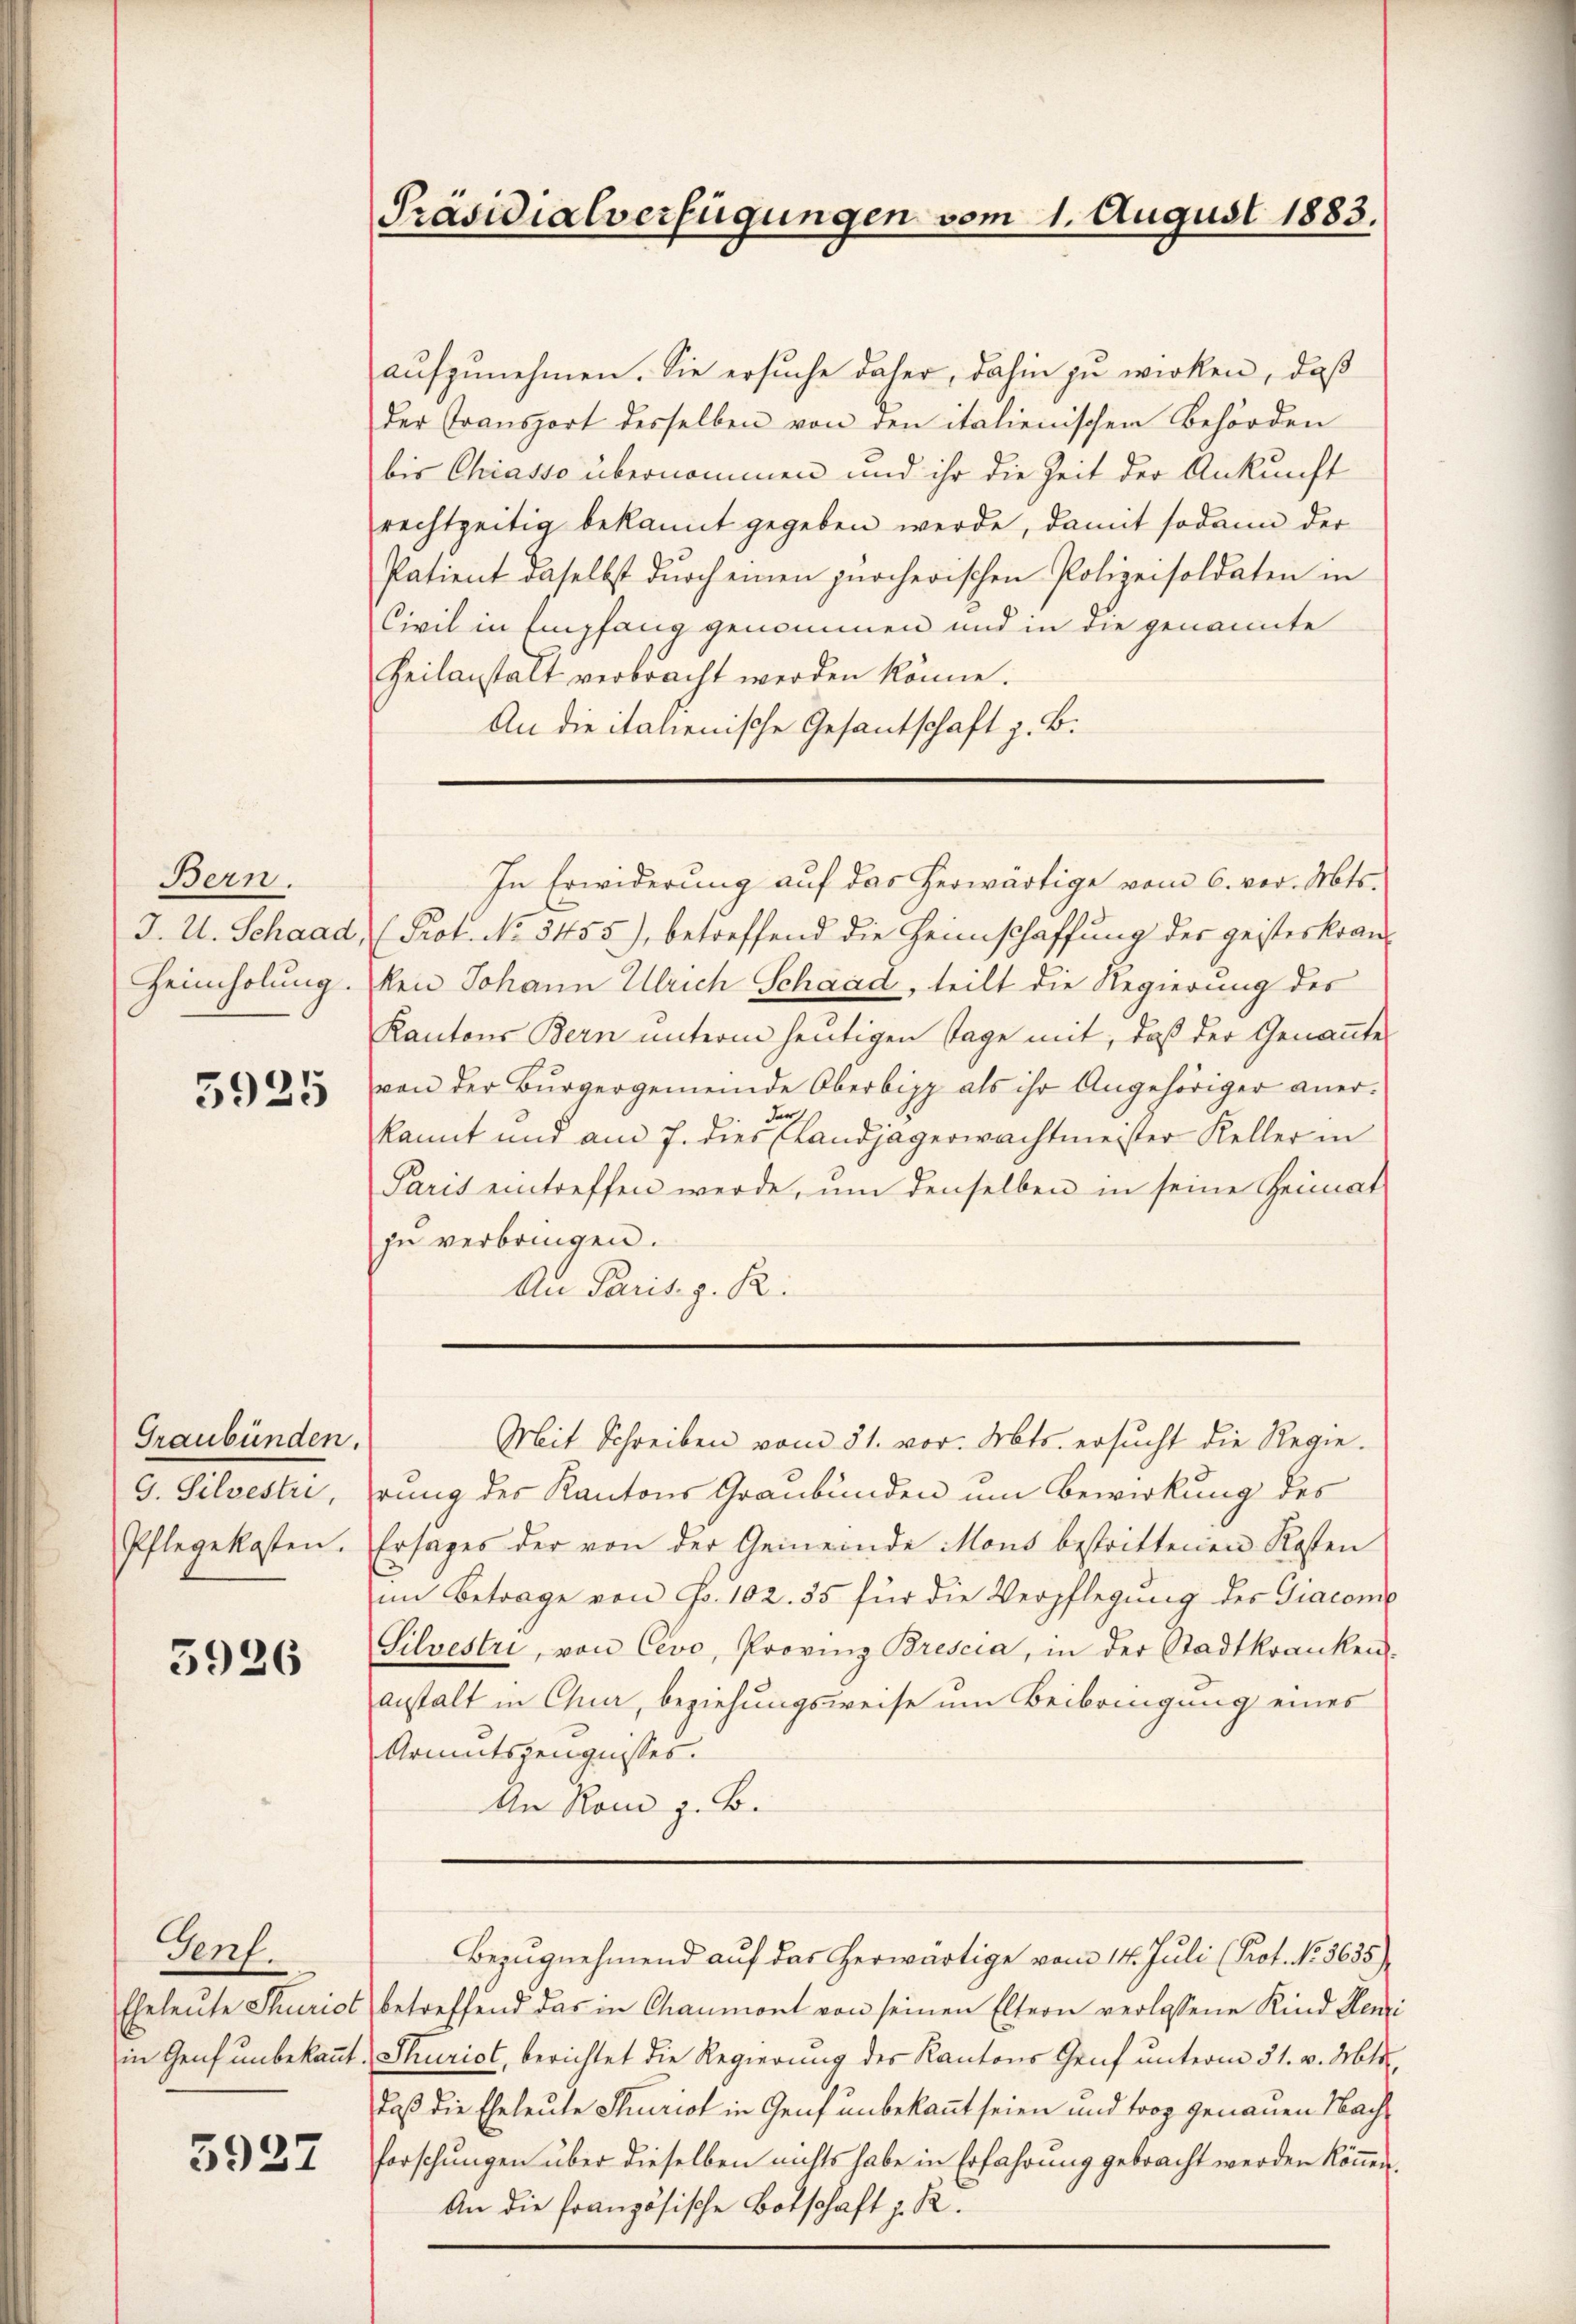
Bern.
J. U. Schaad,
Heimholung.

5925

Graubünden.
G. Silvestri
Pflegekosten.

5926

Genf.

3927

Präsidialverfügungen vom 1. August 1883.

aufzunehmen. Sie ersuche daher, dahin zu wirken, daß
der Transport desselben von den italienischen Behörden
bis Chiasso übernommen und ihr die Zeit der Ankunft
rechtzeitig bekannt gegeben werde, damit sodann der
Patient daselbst durch einen zürcherischen Polizeisoldaten in
Civil in Empfang genommen und in die genannte
Heilanstalt verbracht werden könne.
An die italienische Gesantschaft z. B.

In Erwiderung auf das herwärtige vom 6. vor. Mts.
(Prot. No 3455), betreffend die Heimschaffung des geisterkran-
ken Johann Ulrich Schaad, teilt die Regierung des
Kantons Bern unterm heutigen Tage mit, daß der Genanntes
von der Bürgergemeinde Oberbipp als ihr Angehöriger aner-
kannt und am 7. dies Landjägerwachtmeister Keller in
Paris eintreffen werde, um denselben in seine Heimat
zu verbringen.
Au Paris. g. R.

rung des Kantons Graubünden um Bewirkung des
Ersages der von der Gemeinde Mons bestrittenen Kosten
im Betrage von Fr. 102. 55 für die Verpflegung der Giacone
Silvestri, von Cevo, Provinz Brescia, in der Stadtkranken-
anstalt in Chur, beziehungsweise um Beibringung eines
Armutszeugnisses.
An Rom z. B.
Bezugnehmend auf das herwärtige vom 14. Juli (Prot. No. 3635)
Eheleute Sturist betreffend das in Chaumont von seinen Eltern verlassene Kind Seni
in Genf unbekannt. Thurist, berichtet die Regierung des Kantons Genf unterm 31. v. Mts.
daß die Eheleute Sturist in Genf unbekannt seien und troz genauen Nachforschungen über dieselben nichts habe in Erfahrung gebracht werden können.
An die französische Botschaft z. R.

Mit Schreiben vom 31. vor. Mts. ersucht die Regie¬